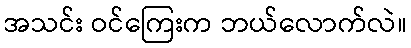
အသင်း ဝင်ကြေးက ဘယ်လောက်လဲ။